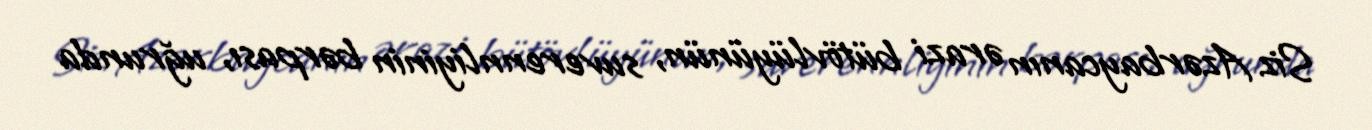
Siz Azərbaycanın ərazi bütövlüyünün, suverennliyinin bərpası, uğrunda